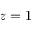
z = 1